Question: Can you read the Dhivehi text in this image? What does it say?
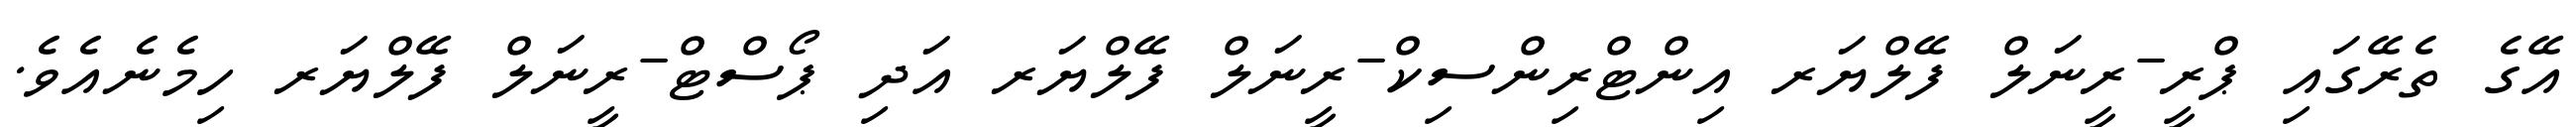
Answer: އޭގެ ތެރޭގައި ޕްރީ-ރީނަލް ފޭލްޔަރ އިންޓްރިންސިކް-ރީނަލް ފޭލްޔަރ އަދި ޕޯސްޓް-ރީނަލް ފޭލްޔަރ ހިމެނެއެވެ.